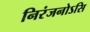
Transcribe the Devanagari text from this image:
निरंजनोऽसि